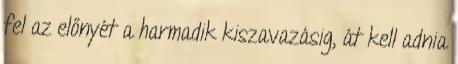
fel az előnyét a harmadik kiszavazásig, át kell adnia